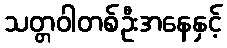
သတ္တဝါတစ်ဦးအနေနှင့်